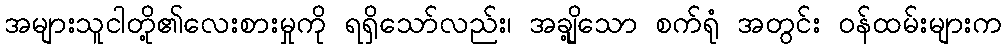
အများသူငါတို့၏လေးစားမှုကို ရရှိသော်လည်း၊ အချို့သော စက်ရုံ အတွင်း ဝန်ထမ်းများက